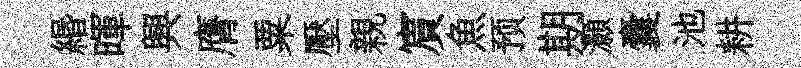
緡暉興膺粟壓親賔魚预期灝囊池耕